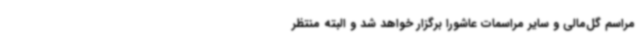
مراسم گل‌مالی و سایر مراسمات عاشورا برگزار خواهد شد و البته منتظر